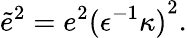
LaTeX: {\tilde{e}}^{2}=e^{2}{({\epsilon}^{-1}\kappa)}^{2}.